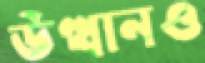
উত্থানও